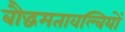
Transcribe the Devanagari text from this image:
बौद्धमतावल्बियों